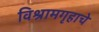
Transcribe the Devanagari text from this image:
विश्रामगृहाचे